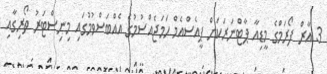
3 އާރް ފޯރަމްގެ މީޑިއާ ޕާޓްނަރަކަށް ޕީއެސްއެމް ހަމަޖެއްސުމުގެ އެއްބަސްވުމުގައި މިނިސްޓަރު ތޯރިގާއި